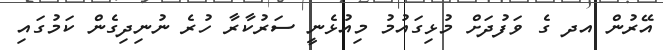
އޭރުން އދ ގެ ވަފުދަށް މުޅިގައުމު މިއުޅެނީ ސަރުކާރާ ހުރެ ނުނިދިގެން ކަމުގައި